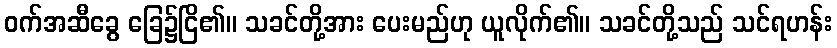
ဝက်အဆီခွေ ခြေ၌ငြိ၏။ သခင်တို့အား ပေးမည်ဟု ယူလိုက်၏။ သခင်တို့သည် သင်ရဟန်း